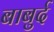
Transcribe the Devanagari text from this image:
बाबुर्द